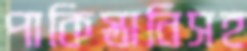
পাকিস্তানিসহ